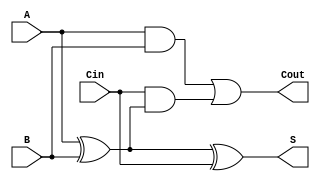
module tree_structured_full_adder (
    input  wire A,    // First input bit
    input  wire B,    // Second input bit
    input  wire Cin,  // Carry-in bit
    output wire S,    // Sum output
    output wire Cout  // Carry-out output
);

// Intermediate signals
wire Intermediate_Sum1; // A  B
wire Intermediate_Sum2; // Intermediate_Sum1  Cin
wire Carry1;           // A AND B
wire Carry2;           // Cin AND Intermediate_Sum1

// First level of the tree for sum calculation
assign Intermediate_Sum1 = A ^ B;      // Intermediate_Sum1 = A  B
assign Intermediate_Sum2 = Intermediate_Sum1 ^ Cin; // S = Intermediate_Sum1  Cin

// First level of the tree for carry calculation
assign Carry1 = A & B;                  // Carry1 = A AND B
assign Carry2 = Cin & Intermediate_Sum1; // Carry2 = Cin AND (A  B)

// Second level for final outputs
assign S = Intermediate_Sum2;           // Sum S = Intermediate_Sum2
assign Cout = Carry1 | Carry2;          // Cout = Carry1 OR Carry2

endmodule